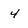
Character: 4